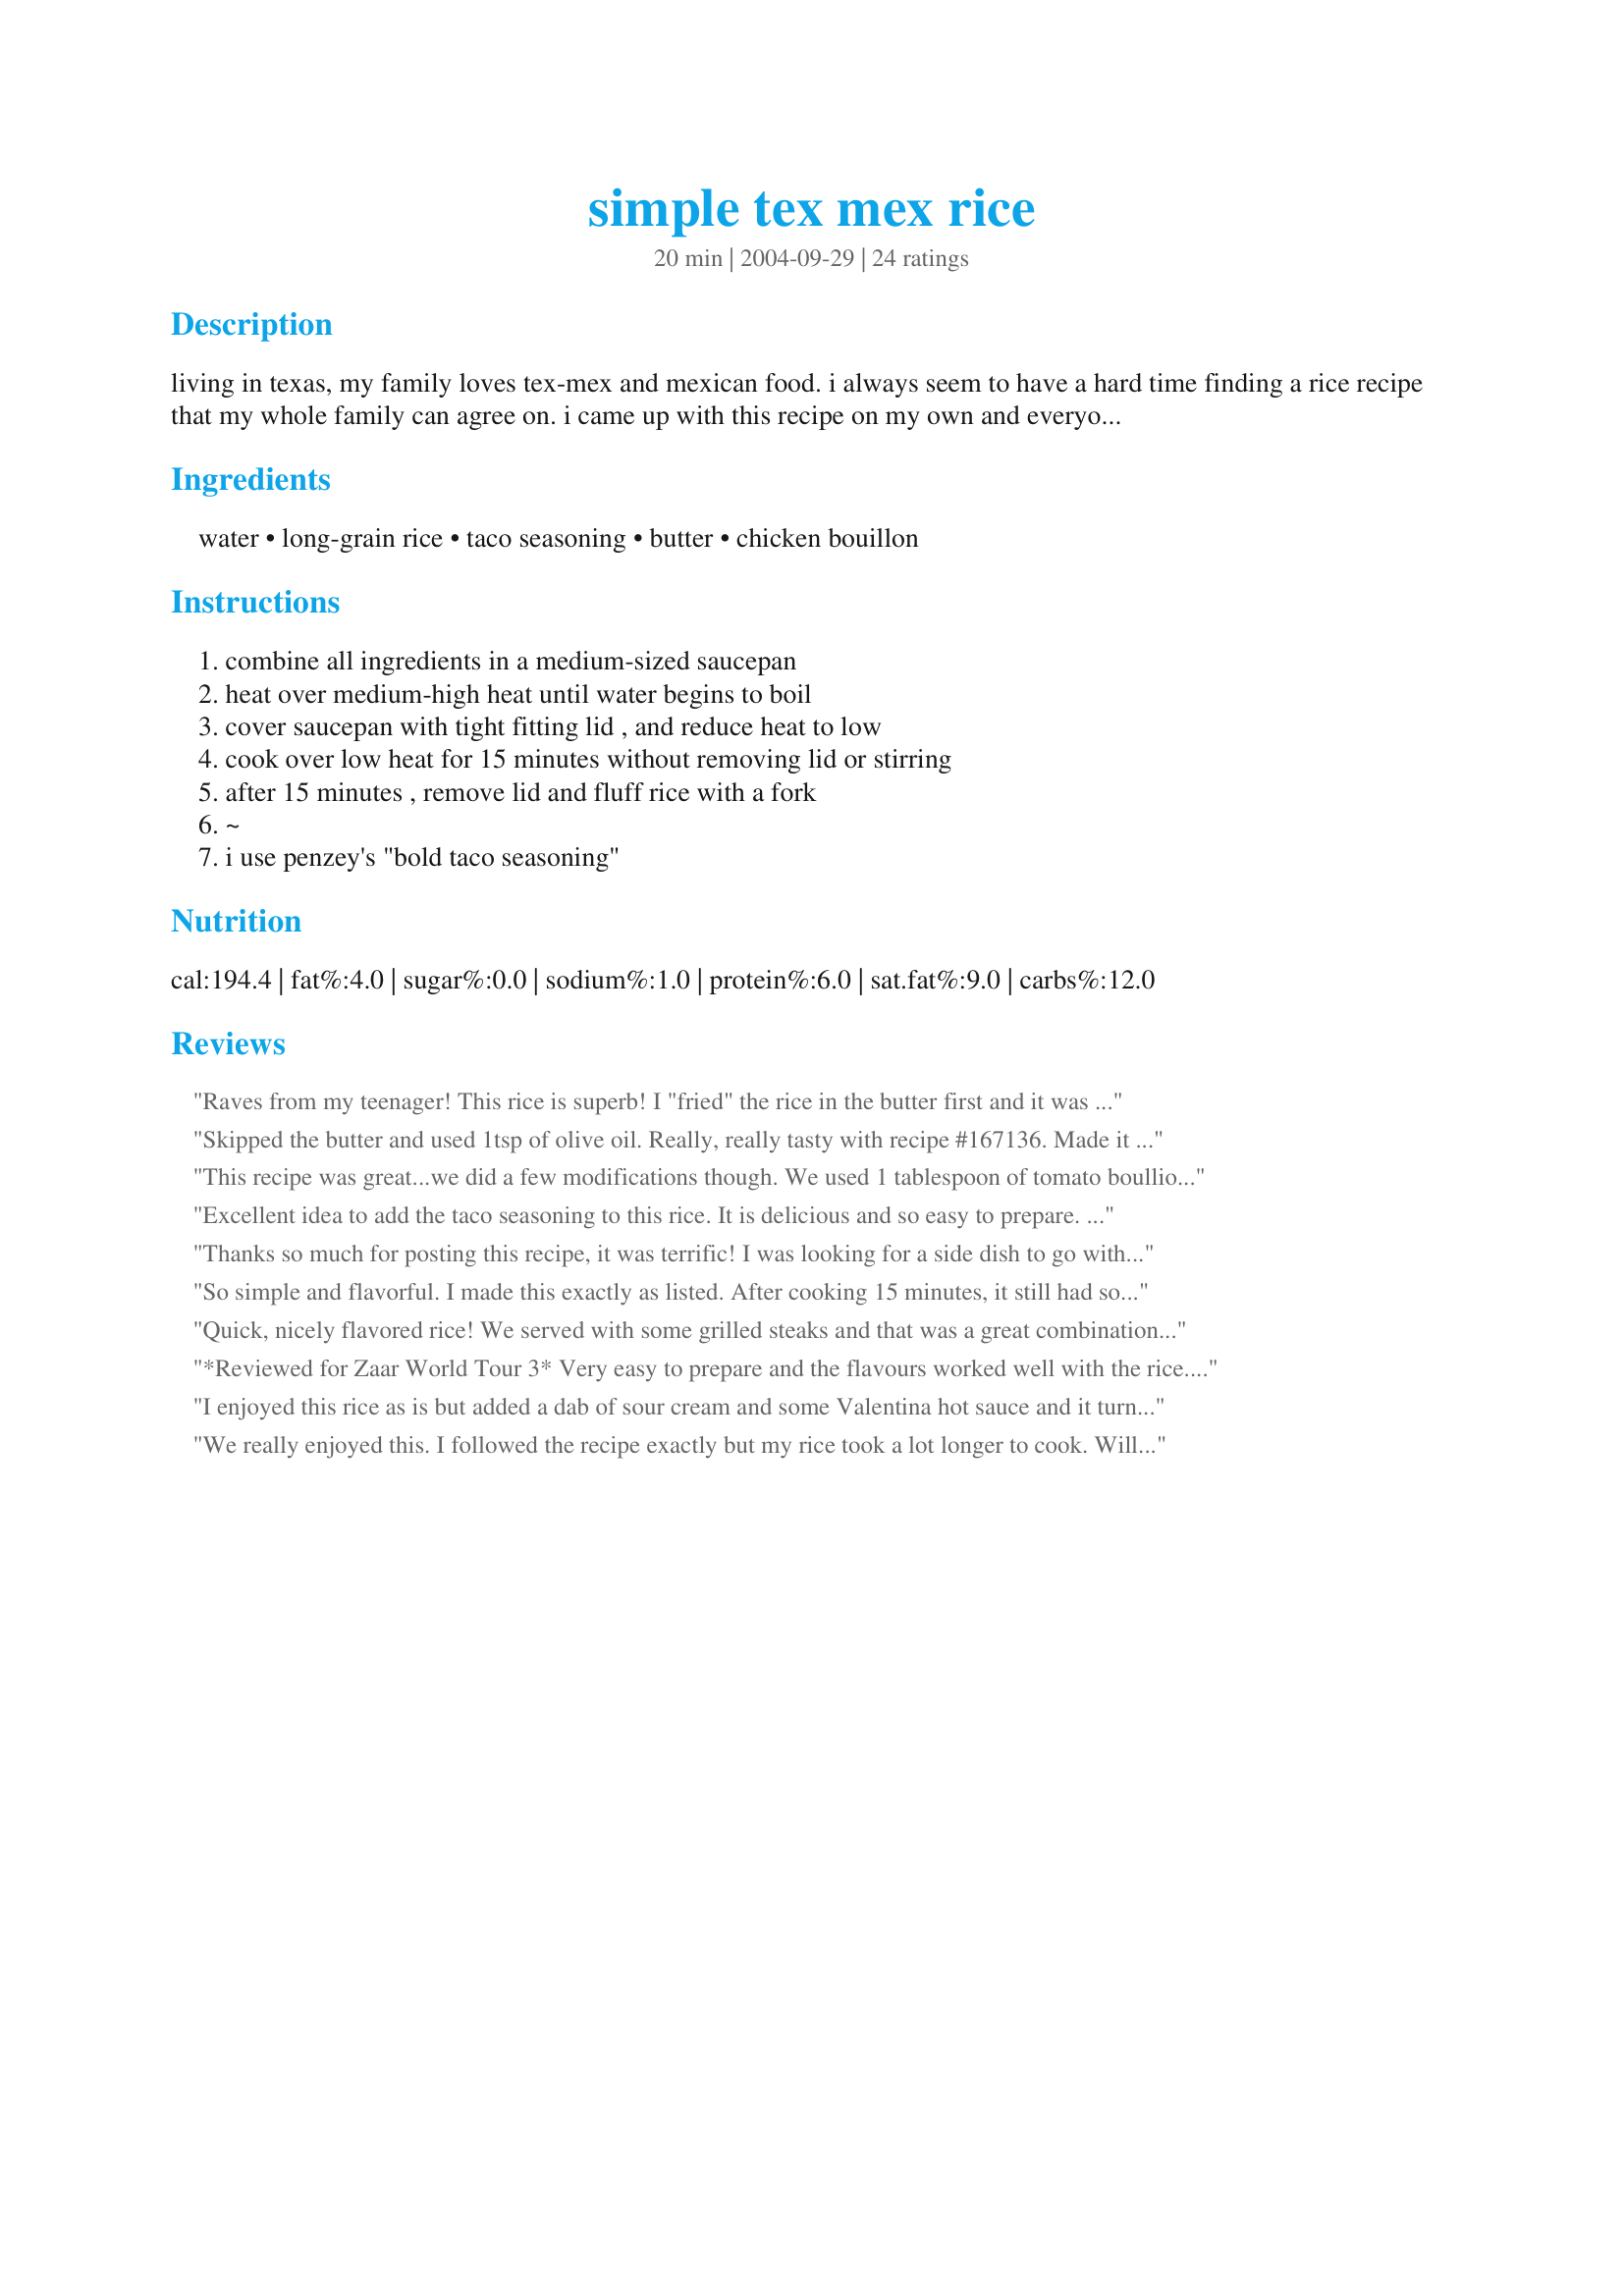
simple tex mex rice
Preparation time: 20 minutes

living in texas, my family loves tex-mex and mexican food. i always seem to have a hard time finding a rice recipe that my whole family can agree on. i came up with this recipe on my own and everyone seems to like it.

Ingredients:
water, long-grain rice, taco seasoning, butter, chicken bouillon

Steps:
combine all ingredients in a medium-sized saucepan, heat over medium-high heat until water begins to boil, cover saucepan with tight fitting lid , and reduce heat to low, cook over low heat for 15 minutes without removing lid or stirring, after 15 minutes , remove lid and fluff rice with a fork, ~, i use penzey's "bold taco seasoning"

Reviews:
Raves from my teenager! This rice is superb! I "fried" the rice in the butter first and it was oh sooo good! Thanks for sharing such an easy recipe. I would have never even thought of using taco seasoning in this way.
Skipped the butter and used 1tsp of olive oil. Really, really tasty with recipe #167136. Made it with brown rice with appropriate cooking time and water amount.
This recipe was great...we did a few modifications though. We used 1 tablespoon of tomato boullion and 1/2 tablespoon of taco seasoning instead of what was listed. We loved it. We had it with recipe #26380 and together they were wonderful. It's even better the next day for lunch.
Excellent idea to add the taco seasoning to this rice. It is delicious and so easy to prepare. Thanks Kim.
Thanks so much for posting this recipe, it was terrific! I was looking for a side dish to go with reicpe#57332 for company and this was a perfect addition. I doubled the recipe for 12 people and made it with my taco seasoning recipe#4292 and it was perfect. Thanks again!
So simple and flavorful. I made this exactly as listed. After cooking 15 minutes, it still had some liquid left so I cooked it an additional 5 minutes and that did the trick. Tastes almost the same as the packaged rice mix I have been making forever. I will be making this again. Thanks!
Quick, nicely flavored rice! We served with some grilled steaks and that was a great combination. It was simple to prepare. I used 1 bouillion cube instead of granules. No complaints at my house on this one!
*Reviewed for Zaar World Tour 3* Very easy to prepare and the flavours worked well with the rice. Photo also being posted*
I enjoyed this rice as is but added a dab of sour cream and some Valentina hot sauce and it turned spectacular. Thanks for a great base recipe Kim!
We really enjoyed this. I followed the recipe exactly but my rice took a lot longer to cook. Will make again.
I had left over rich chili enchilidas that were real heavy and didnt want my spicy spanish rice so i wanted something that i could add cheese ( like the resturants el chico's, casa bonito, panchos) cheese sauce they serve with chips and tortillias. This fit the bill perfect. Time was perfect rice was not too dry but dry. I will be making this for christmas eve with my indian tacos
Thanks

really good only next time I will add a 1/2 tsp salt. My broth was low sodium. BUt i mixed everything together, I used jasime rice but everything else as the recipe stated and turned the rice cooker on and voila. There was not a grain of rice left when the meal was over. I served it with The THigh who Loved me Chicken and salad. MAybe next time i will add some sauted onion to it. Great compliments. Thank-you for the posting
Quick and easy to put together! I put all in my rice cooker double everything but the water. Once all ingredients was in I pour chicken broth in about 1 inch above the rice. Walla! Perfect. I served for Father`s day part of my Menu #18443. Sorry I didn`t get a picture as my guest had it gone in no time. Thanks Kim.
This is a great side dish quick and easy. A wonderful way to JAZZ up rice. Will make this again. Thanks Kim
I made this last night in my rice cooker, but used beef bouillion instead and it turned out great! Thanks Kim D!
This was very easy to make and tasty, too. I was busy making wet burritos and guacamole and needed some easy to make rice instead of my usual Spanish Rice and this fit the bill perfectly. The taco seasoning was a really good idea, it adds a lot of flavor with no effort.
I cook a lot of rice so I did it for 20 minutes, fluffed it and let it sit for 10 minutes with the lid on to absorb the rest of the moisture and it came out perfectly.
Thanks for sharing.
Very easy to do. There was a lot of heat to this, maybe because I used homemade taco seasoning. My husband thought it would be nice to add meat or vegetables.
Kim D, DH and DS thoughly enjoyed this rice. They both went back for seconds. I added a tomato chipole boullion, green onions, cumin, and cilantro to the rice. I also cooked it in my rice cooker. I love everything goes in and your done. Ther rice was moist and fluffy. It was a great side with Southwest Meatloaf, Recipe #154280, which was dinner tonight. I will definetly make this again!
I was delighted with this recipe Kim. My family is not fond of tomatoey foods and most Mexican rice dishes have them in it. I normally do not put butter in my rice, but I did here, and I think it really added to the flavor (mellowed the taco seasonings and combined nicely with the chicken base) and texture. I added this rice to our bean burritos(and served rest on the side) and it really made them hearty. The rice reheated nicely, too.
Roxygirl
Love it...quick, easy n tasty! I served it as a side with Recipe #183483 and used Recipe #199955 as the taco seasoning. I used a little less water as I prefer a dry rice...Works perfectly! Reviewed for ZWT3
This was so easy to make and so full of flavor, I will make this offen.. thanks for a great recipe.
This was soo simple and good. I will use this over and over again. Made for ZWT 07
I made using chicken stock and followed Ritas idea for bringing it about 1" above the rice. I did have to add a little more stock while cooking toward the end, as the rice was not quite done, but I used brown rice, so that is probably why. It usually takes longer to cook then regular rice. Excellent side dish!
I made this for *Zaar World Tour III* - Quick and easy rice dish with a difference. I substituted water and chicken bouillon with chicken liquid stock and then kept to the recipe. Hubby really enjoyed it and asked for it on Mexican night. Thank you Kim D
